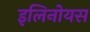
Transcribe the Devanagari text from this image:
इलिनोयस